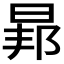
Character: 𭦐